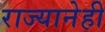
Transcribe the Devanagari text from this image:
राज्यानेही